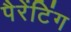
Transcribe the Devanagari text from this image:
पैरेंटिंग